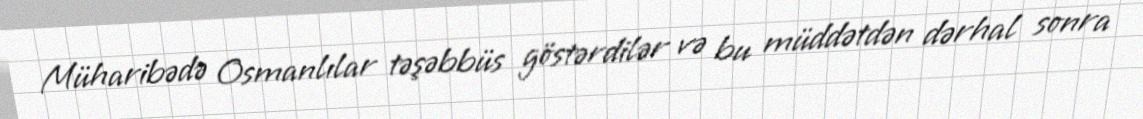
Müharibədə Osmanlılar təşəbbüs göstərdilər və bu müddətdən dərhal sonra